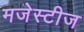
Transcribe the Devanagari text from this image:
मजेस्टीज